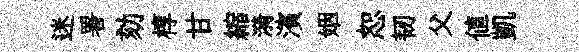
迷署劾椁甘縮漪濱姻恕韧父值凱